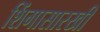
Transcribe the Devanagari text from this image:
शिंगासारखी